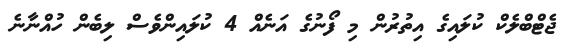
ޖެޓްބްލެކް ކުލައިގެ އިތުރުން މި ފޯނުގެ އަނެއް 4 ކުލައިންވެސް ލިބެން ހުއްނާނެ